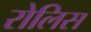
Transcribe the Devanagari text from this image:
रोलिस